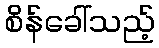
စိန်ခေါ်သည့်